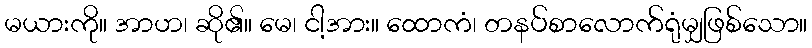
မယားကို။ အာဟ၊ ဆို၏။ မေ၊ ငါ့အား။ ထောကံ၊ တနပ်စာလောက်ရုံမျှဖြစ်သော။